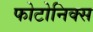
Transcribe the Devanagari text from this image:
फोटोनिक्स